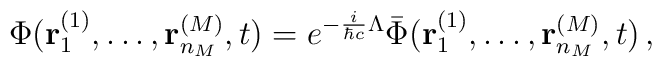
\Phi({\bf r}_1^{(1)},\ldots,{\bf r}_{n_M}^{(M)},t)  =e^{-\frac{i}{\hbar c}\Lambda}\bar\Phi({\bf r}_1^{(1)},\ldots,   {\bf r}_{n_M}^{(M)},t)\,,